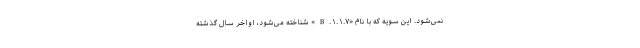
نمی‌شود. این سویه که با نام «B.۱.۱.۷» شناخته می‌شود، اواخر سال گذشته